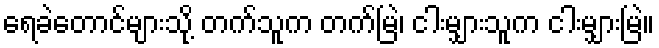
ရေခဲတောင်များသို့ တက်သူက တက်မြဲ၊ ငါးမျှားသူက ငါးမျှားမြဲ။